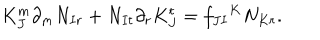
K _ { J } ^ { m } \partial _ { m } N _ { I r } + N _ { I t } \partial _ { r } K _ { J } ^ { t } = f _ { J I } { } ^ { K } N _ { K r } .